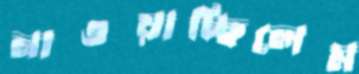
নাওয়াচ্ছিলেম